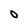
Character: O